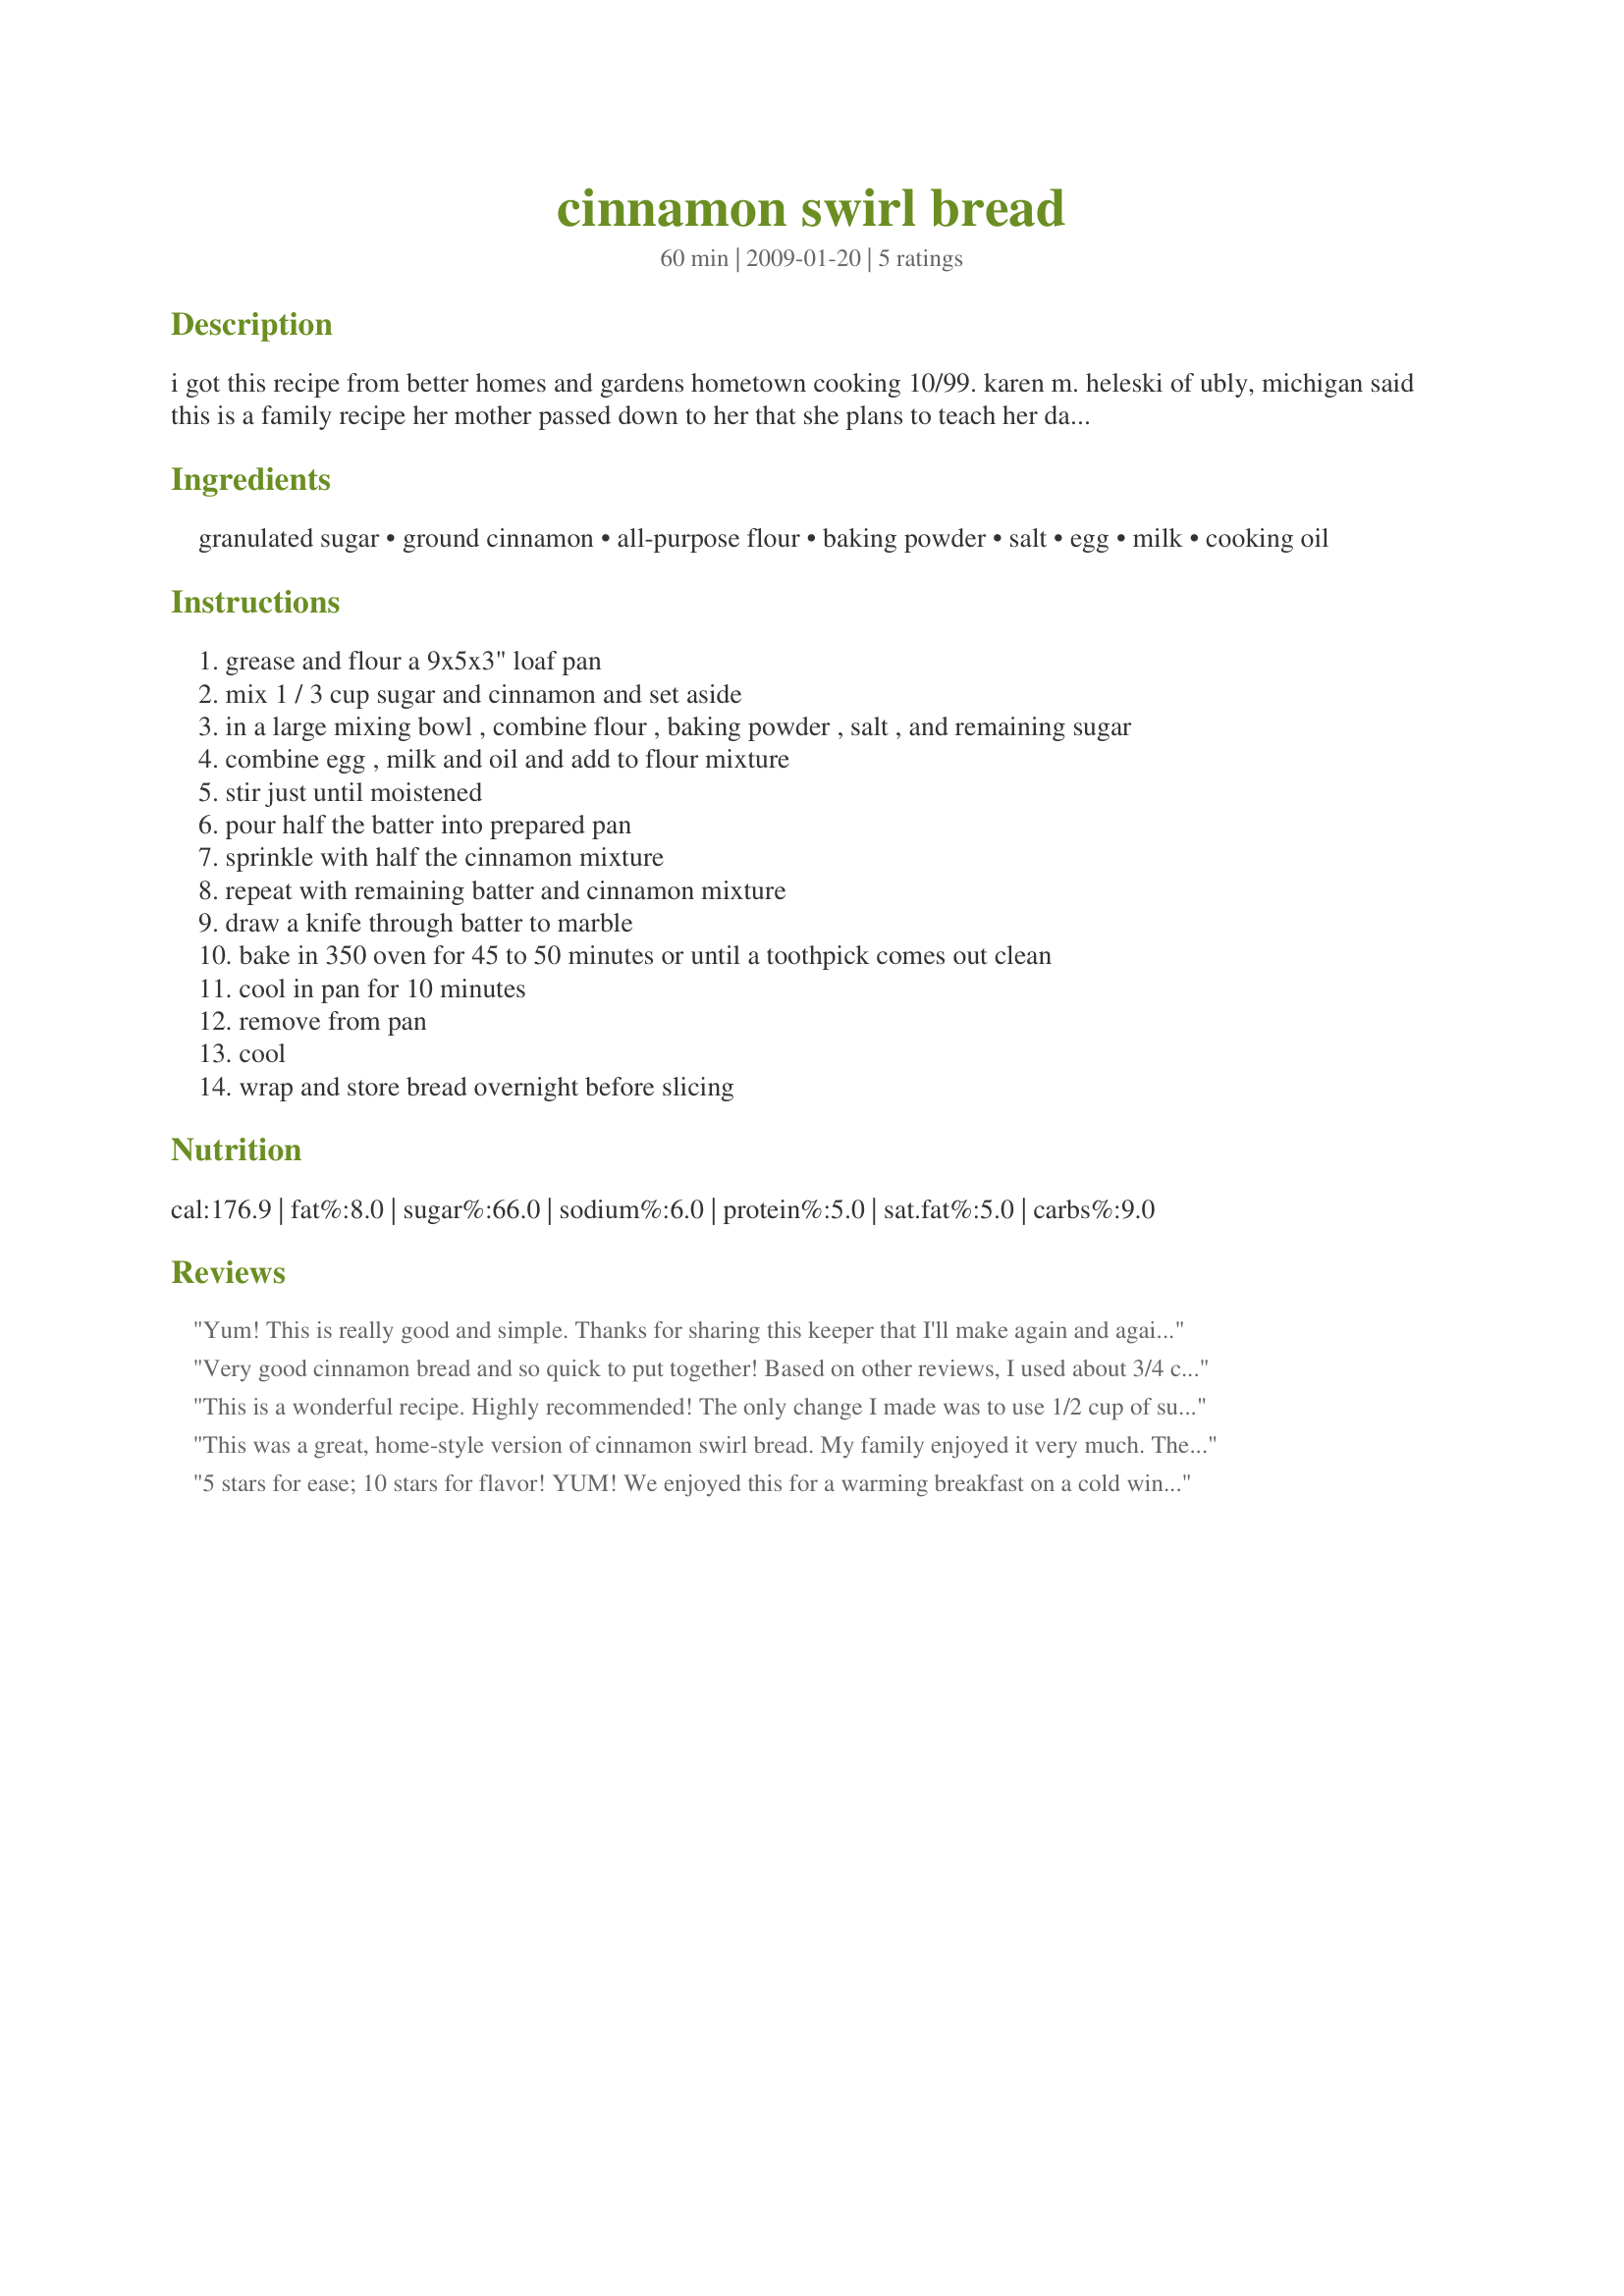
cinnamon swirl bread
Preparation time: 60 minutes

i got this recipe from better homes and gardens hometown cooking 10/99. karen m. heleski of ubly, michigan said this is a family recipe her mother passed down to her that she plans to teach her daughters. this is a delicious and simple quick bread.

Ingredients:
granulated sugar, ground cinnamon, all-purpose flour, baking powder, salt, egg, milk, cooking oil

Steps:
grease and flour a 9x5x3" loaf pan
mix 1 / 3 cup sugar and cinnamon and set aside
in a large mixing bowl , combine flour , baking powder , salt , and remaining sugar
combine egg , milk and oil and add to flour mixture
stir just until moistened
pour half the batter into prepared pan
sprinkle with half the cinnamon mixture
repeat with remaining batter and cinnamon mixture
draw a knife through batter to marble
bake in 350 oven for 45 to 50 minutes or until a toothpick comes out clean
cool in pan for 10 minutes
remove from pan
cool
wrap and store bread overnight before slicing

Reviews:
Yum! This is really good and simple. Thanks for sharing this keeper that I'll make again and again. Made for Best of 2012 Tag.
Very good cinnamon bread and so quick to put together! Based on other reviews, I used about 3/4 cup sugar in the bread instead of 1 cup. The sugar/cinnamon mixture seemed like a lot, but it was perfect. I like it warmed with a glass of milk! Yum! Made for I Recommend Tag Game.
This is a wonderful recipe. Highly recommended! The only change I made was to use 1/2 cup of sugar in the bread instead of 1 cup. Thanks AmyZoe :) Made for Bargain Basement tag game
This was a great, home-style version of cinnamon swirl bread. My family enjoyed it very much. The only thing I might do differently is to cut down the amount of sugar in the recipe. Thank you for posting!
5 stars for ease; 10 stars for flavor! YUM! We enjoyed this for a warming breakfast on a cold wintery day. Of course, the house smells fabulous while this in baking and once it come out of the oven, the waiting is the hardest part! the sugar cinnamon topping makes sort of a crust on top. YUM! I can't stop saying YUM! LOL Thanks so much for sharing a great recipe, AmyZoe.
